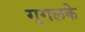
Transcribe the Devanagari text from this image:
गूगलके